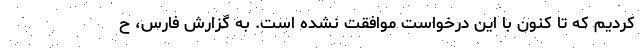
کردیم که تا کنون با این درخواست موافقت نشده است. به گزارش فارس، ح